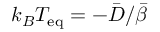
k _ { B } T _ { \mathrm { e q } } = - \Bar { D } / \Bar { \beta }